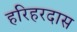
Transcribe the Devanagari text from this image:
हरिहरदास